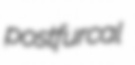
postfurcal